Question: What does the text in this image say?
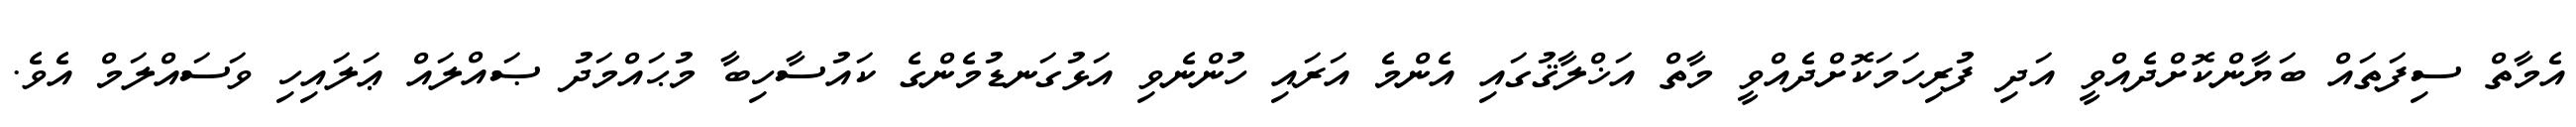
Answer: އެމާތް ސިފަތައް ބަޔާންކޮށްދެއްވީ އަދި ފުރިހަމަކޮށްދެއްވީ މާތް އަޚްލާޤުގައި އެންމެ އަރައި ހުންނެވި އަޅުގަނޑުމެންގެ ކައުސާހިބާ މުޙައްމަދު ޞައްލައް ޢަލައިހި ވަސައްލަމް އެވެ.